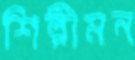
শিল্পীমন